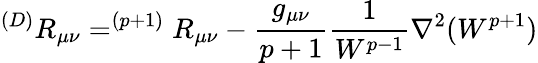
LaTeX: ^{(D)}R_{\mu\nu}=^{(p+1)}R_{\mu\nu}-{\frac{g_{\mu\nu}}{p+1}}{\frac{1}{W^{p-1}}}\nabla^{2}(W^{p+1})